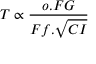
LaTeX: T \propto { \frac { o . F G } { F f . { \sqrt { C I } } } }